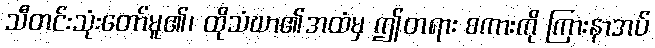
သီတင်းသုံးတော်မူ၏၊ ထိုသံဃာ၏အထံမှ ဤတရား စကားကို ကြားနာအပ်